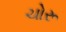
ચોરૂ